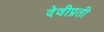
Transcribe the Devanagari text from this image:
देवीप्रती